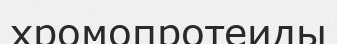
хромопротеиды